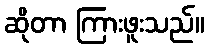
ဆိုတာ ကြားဖူးသည်။